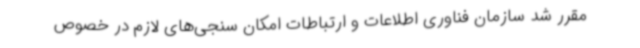
مقرر شد سازمان فناوری اطلاعات و ارتباطات امکان سنجی‌های لازم در خصوص